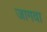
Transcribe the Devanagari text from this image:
जागवा